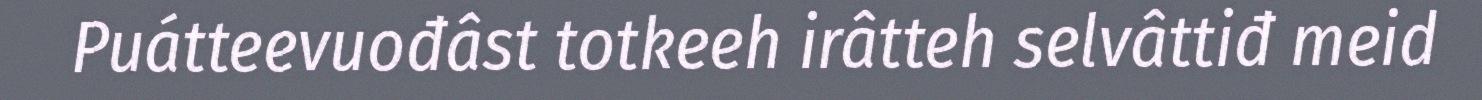
Puátteevuođâst totkeeh irâtteh selvâttiđ meid